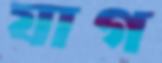
যাগ